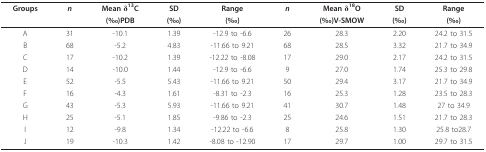
<table><thead><tr><td><b>Groups</b></td><td><b><i>n</i></b></td><td><b>Mean δ<sup>13</sup>C</b></td><td><b>SD</b></td><td><b>Range</b></td><td><b><i>n</i></b></td><td><b>Mean δ<sup>18</sup>O</b></td><td><b>SD</b></td><td><b>Range</b></td></tr><tr><td></td><td></td><td><b>(‰)PDB</b></td><td><b>(‰)</b></td><td><b>(‰)</b></td><td></td><td><b>(‰)V-SMOW</b></td><td><b>(‰)</b></td><td><b>(‰)</b></td></tr></thead><tbody><tr><td>A</td><td>31</td><td>-10.1</td><td>1.39</td><td>-12.9 to -6.6</td><td>26</td><td>28.3</td><td>2.20</td><td>24.2 to 31.5</td></tr><tr><td>B</td><td>68</td><td>-5.2</td><td>4.83</td><td>-11.66 to 9.21</td><td>68</td><td>28.5</td><td>3.32</td><td>21.7 to 34.9</td></tr><tr><td>C</td><td>17</td><td>-10.2</td><td>1.39</td><td>-12.22 to -8.08</td><td>17</td><td>29.0</td><td>2.17</td><td>24.2 to 31.5</td></tr><tr><td>D</td><td>14</td><td>-10.0</td><td>1.44</td><td>-12.9 to -6.6</td><td>9</td><td>27.0</td><td>1.74</td><td>25.3 to 29.8</td></tr><tr><td>E</td><td>52</td><td>-5.5</td><td>5.43</td><td>-11.66 to 9.21</td><td>50</td><td>29.4</td><td>3.17</td><td>21.7 to 34.9</td></tr><tr><td>F</td><td>16</td><td>-4.3</td><td>1.61</td><td>-8.31 to -2.3</td><td>16</td><td>25.3</td><td>1.28</td><td>23.5 to 28.3</td></tr><tr><td>G</td><td>43</td><td>-5.3</td><td>5.93</td><td>-11.66 to 9.21</td><td>41</td><td>30.7</td><td>1.48</td><td>27 to 34.9</td></tr><tr><td>H</td><td>25</td><td>-5.1</td><td>1.85</td><td>-9.86 to -2.3</td><td>25</td><td>24.6</td><td>1.51</td><td>21.7 to 28.3</td></tr><tr><td>I</td><td>12</td><td>-9.8</td><td>1.34</td><td>-12.22 to -6.6</td><td>8</td><td>25.8</td><td>1.30</td><td>25.8 to28.7</td></tr><tr><td>J</td><td>19</td><td>-10.3</td><td>1.42</td><td>-8.08 to -12.90</td><td>17</td><td>29.7</td><td>1.00</td><td>29.7 to 31.5</td></tr></tbody></table>